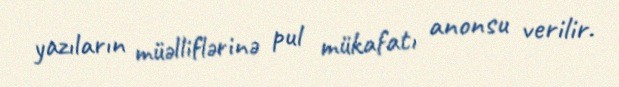
yazıların müəlliflərinə pul mükafatı anonsu verilir.